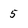
Character: 5